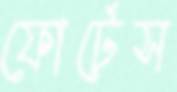
ফোর্টেস